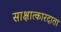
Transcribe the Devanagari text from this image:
साक्षात्कारदाता